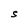
Character: S